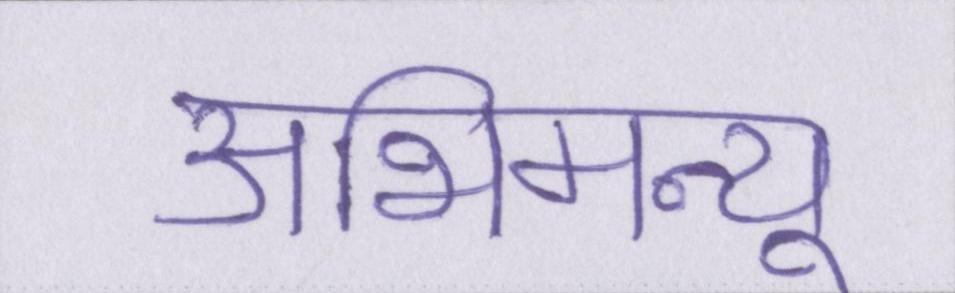
अभिमन्यू